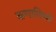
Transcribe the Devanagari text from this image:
ऋणाविषयी